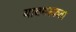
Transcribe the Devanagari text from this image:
यावयस्कता